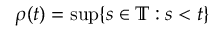
\rho ( t ) = \operatorname* { s u p } \{ s \in \mathbb { T } : s < t \}